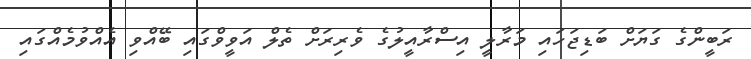
ރަބީންގެ ގަޔަށް ބަޑިޖަހައި މަރާލީ އިސްރާއީލުގެ ވެރިރަށް ތެލް އަވީވްގައި ބޭއްވި އެއްވުމެއްގައި